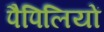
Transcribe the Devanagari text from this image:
पैपिलियों